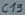
Text: C19